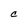
Character: C